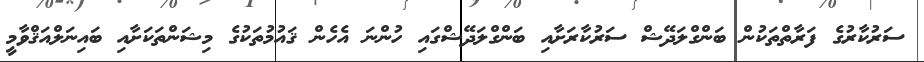
ސަރުކާރުގެ ފަރާތްތަކުން ބަންގްލަދޭޝް ސަރުކާރަށާއި ބަންގްލަދޭޝްގައި ހުންނަ އެހެން ޤައުމުތަކުގެ މިޝަންތަކަށާއި ބައިނަލްއަޤްވާމީ